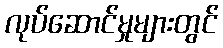
လုပ်ဆောင်မှုများတွင်